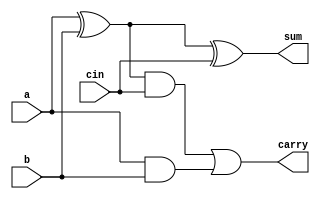
module adder(
	input a,b,cin,
	output sum,carry
);

// for sum
wire x;

xor(x,a,b);
xor(sum,x,cin);

// for carry

wire y,z;

and(y,x,cin);
and(z,a,b);
or(carry,y,z);

endmodule